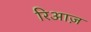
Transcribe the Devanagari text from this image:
रिआज़